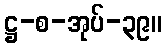
ဋ္ဌ-စ-အုပ်-၃၉။